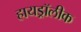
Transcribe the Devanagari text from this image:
हायड्रॉलीक